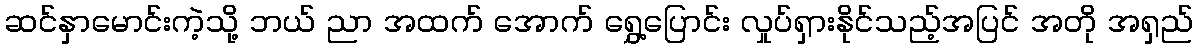
ဆင်နှာမောင်းကဲ့သို့ ဘယ် ညာ အထက် အောက် ရွှေ့ပြောင်း လှုပ်ရှားနိုင်သည့်အပြင် အတို အရှည်